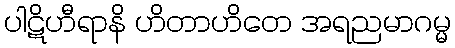
ပါဋိဟီရာနိ ဟိတာဟိတေ အရညမာဂမ္မ